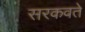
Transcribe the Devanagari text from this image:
सरकवते